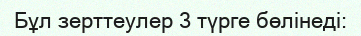
Бұл зерттеулер 3 түрге бөлінеді: